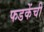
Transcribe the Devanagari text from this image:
फडकेंची